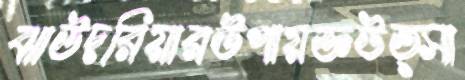
ঝাউদরিয়ারউপায়জ্ঞউত্সা